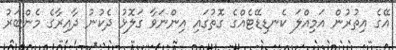
އޭގެ އިތުރުން އަމިއްލަ ކެނޑިޑޭޓެއްގެ ގޮތުގައި އިންނަވާ ގަލޮޅު ދެކުނު ދާއިރާގެ މެންބަރު